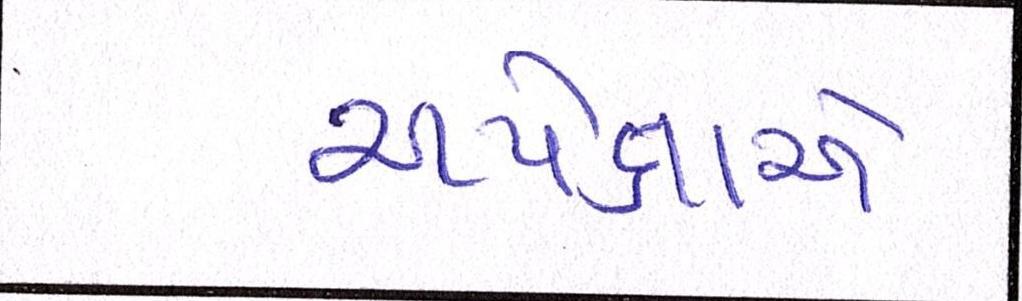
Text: અપેક્ષાએ